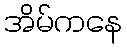
အိမ်ကနေ